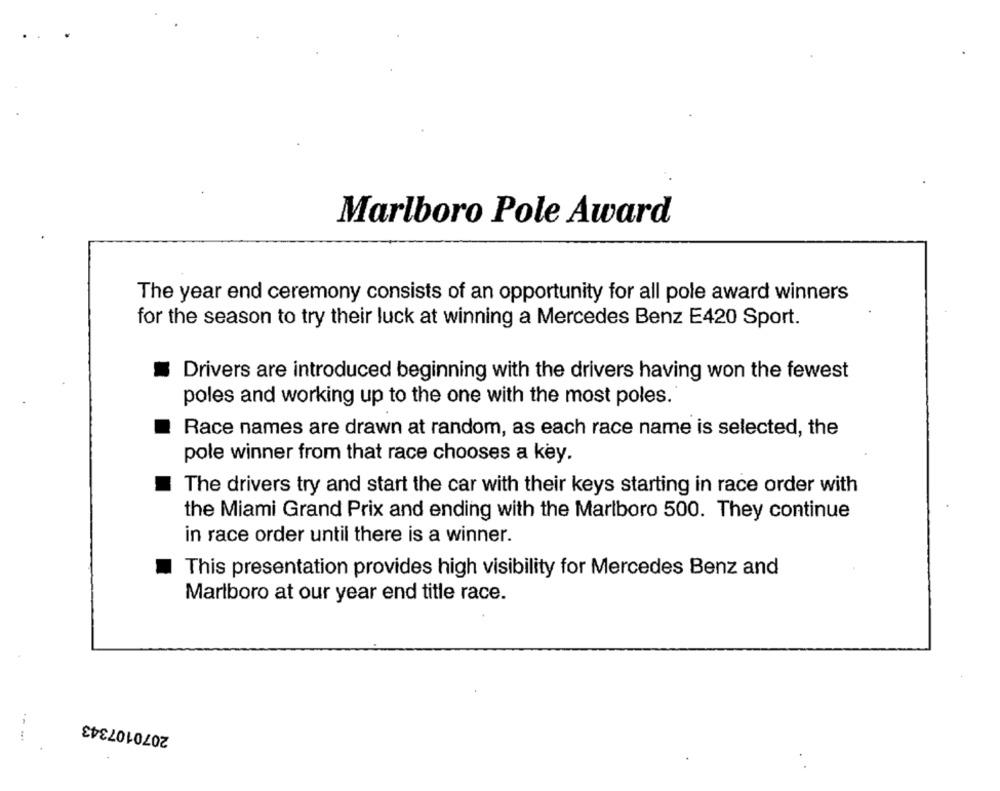
Marlboro Pole Award
The year end ceremony consists of an opportunity for all pole award winners
for the season to try their luck at winning a Mercedes Benz E420 Sport.
Drivers are introduced beginning with the drivers having won the fewest
poles and working up to the one with the most poles.
Race names are drawn at random, as each race name is selected, the
pole winner from that race chooses a key.
The drivers try and start the car with their keys starting in race order with
the Miami Grand Prix and ending with the Marlboro 500. They continue
in race order until there is a winner.
This presentation provides high visibility for Mercedes Benz and
Marlboro at our year end title race.
2070107343